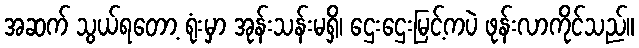
အဆက် သွယ်ရတော့ ရုံးမှာ အုန်းသန်းမရှိ၊ ဌေးဌေးမြင့်ကပဲ ဖုန်းလာကိုင်သည်။